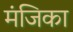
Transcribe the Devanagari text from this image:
मंजिका